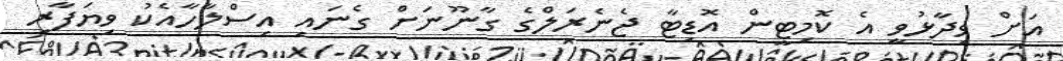
އަށް ވިދާޅުވީ އެ ކޮމިޓީން އޮޑިޓާ ޖެނެރަލްގެ ގާނޫނަށް ގެނައި އިސްލާހާއެކު ވިޔަފާރި